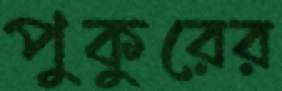
পুকুরের